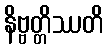
နိဗ္ဗတ္တိဿတိ